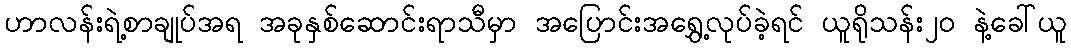
ဟာလန်းရဲ့စာချုပ်အရ အခုနှစ်ဆောင်းရာသီမှာ အပြောင်းအရွှေ့လုပ်ခဲ့ရင် ယူရိုသန်း၂၀ နဲ့ခေါ်ယူ